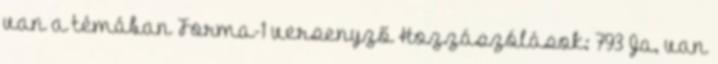
van a témában Forma-1 versenyző Hozzászólások: 793 Ja, van